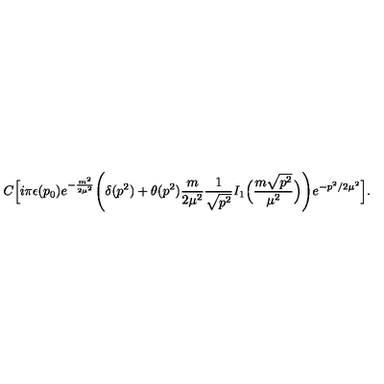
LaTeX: C \Big [ i \pi \epsilon ( p _ { 0 } ) e ^ { - { \frac { m ^ { 2 } } { 2 \mu ^ { 2 } } } } \Bigg ( \delta ( p ^ { 2 } ) + \theta ( p ^ { 2 } ) { \frac { m } { 2 \mu ^ { 2 } } } { \frac { 1 } { \sqrt { p ^ { 2 } } } } I _ { 1 } \Big ( { \frac { m \sqrt { p ^ { 2 } } } { \mu ^ { 2 } } } \Big ) \Bigg ) e ^ { - p ^ { 2 } / 2 \mu ^ { 2 } } \Big ] .